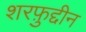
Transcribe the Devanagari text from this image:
शरफ़ुद्दीन